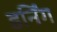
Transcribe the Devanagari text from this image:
डर्निंग